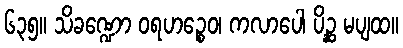
၆၃၅။ သိခဏ္ဍော ဝရဟဉ္စေဝ၊ ကလာပေါ ပိဉ္ဆ မပျထ။